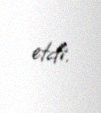
etdi.